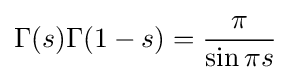
\Gamma (s)\Gamma (1-s)={\frac {\pi }{\sin \pi s}}